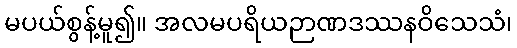
မပယ်စွန့်မူ၍။ အလမပရိယဉာဏဒဿနဝိသေသံ၊